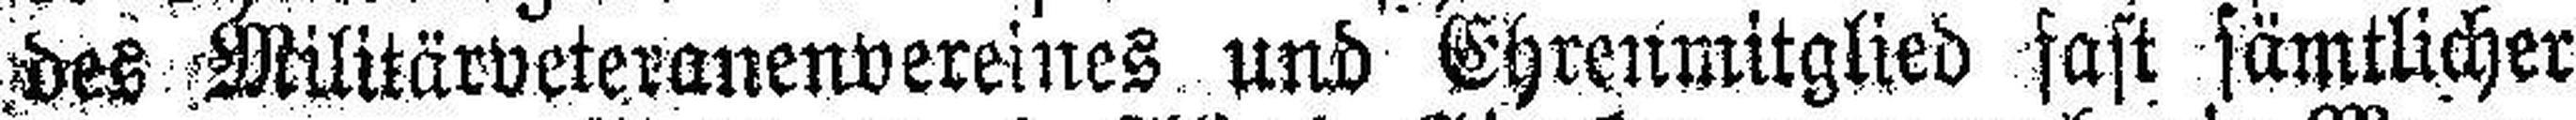
des Militärveteranenvereines und Ehrenmitglied fast sämtlicher